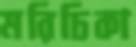
মরিচিকা